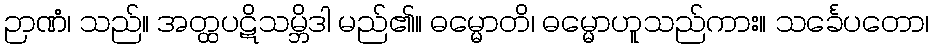
ဉာဏံ၊ သည်။ အတ္ထပဋိသမ္ဘိဒါ မည်၏။ ဓမ္မောတိ၊ ဓမ္မောဟူသည်ကား။ သင်္ခေပတော၊